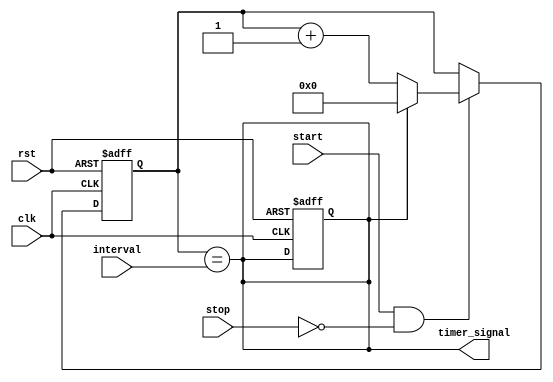
module Interval_Timer (
    input wire clk,
    input wire rst,
    input wire start,
    input wire stop,
    input wire [31:0] interval,
    output reg timer_signal
);

reg [31:0] counter;

always @(posedge clk or posedge rst) begin
    if (rst) begin
        counter <= 0;
        timer_signal <= 0;
    end else begin
        if (start && !stop) begin
            counter <= counter + 1;
            if (counter == interval) begin
                counter <= 0;
            end
        end
    end
end

assign timer_signal = counter == interval;

endmodule